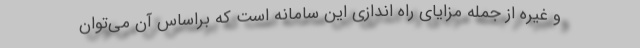
و غیره از جمله مزایای راه اندازی این سامانه است که براساس آن می‌توان